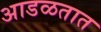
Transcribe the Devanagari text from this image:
अाडळतात